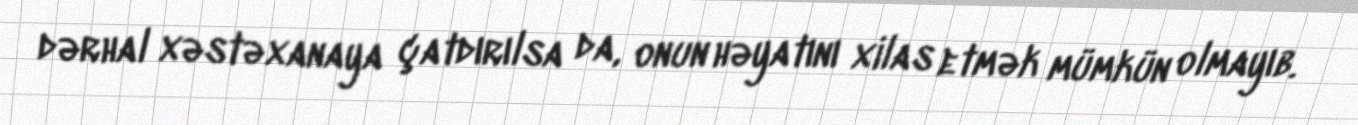
dərhal xəstəxanaya çatdırılsa da, onun həyatını xilas etmək mümkün olmayıb.